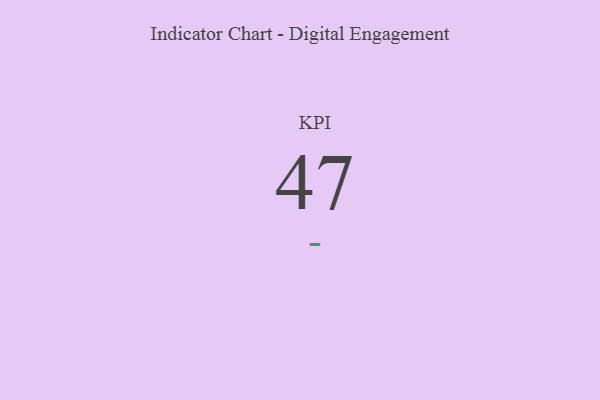
{"axis": {"x": "KPI", "y": "Value"}, "legend": [""], "data": [{"x": "KPI", "y": 47, "type": ""}]}